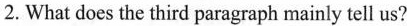
2. What does the third paragraph mainly tell us?